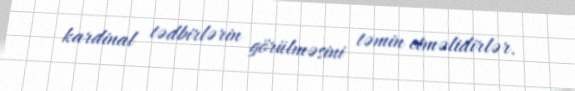
kardinal tədbirlərin görülməsini təmin etməlidirlər.